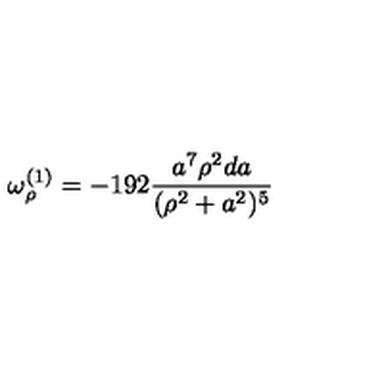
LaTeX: \omega _ { \rho } ^ { ( 1 ) } = - 1 9 2 { \frac { a ^ { 7 } \rho ^ { 2 } d a } { ( \rho ^ { 2 } + a ^ { 2 } ) ^ { 5 } } }